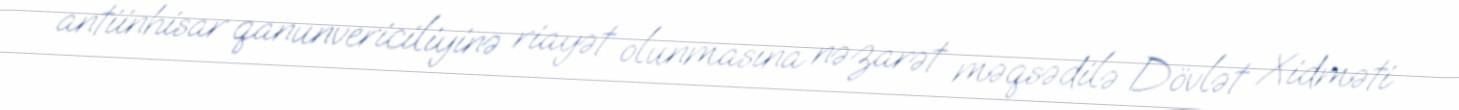
antiinhisar qanunvericiliyinə riayət olunmasına nəzarət məqsədilə Dövlət Xidməti